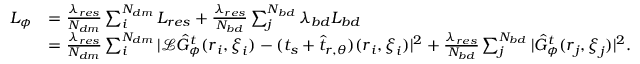
\begin{array} { r l } { L _ { \phi } } & { = \frac { \lambda _ { r e s } } { N _ { d m } } \sum _ { i } ^ { N _ { d m } } L _ { r e s } + \frac { \lambda _ { r e s } } { N _ { b d } } \sum _ { j } ^ { N _ { b d } } \lambda _ { b d } L _ { b d } } \\ & { = \frac { \lambda _ { r e s } } { N _ { d m } } \sum _ { i } ^ { N _ { d m } } | \mathcal { L } \hat { G } _ { \phi } ^ { t } ( \boldsymbol { r } _ { i } , \boldsymbol { \xi } _ { i } ) - ( t _ { s } + \hat { t } _ { r , \theta } ) ( \boldsymbol { r } _ { i } , \boldsymbol { \xi } _ { i } ) | ^ { 2 } + \frac { \lambda _ { r e s } } { N _ { b d } } \sum _ { j } ^ { N _ { b d } } | \hat { G } _ { \phi } ^ { t } ( \boldsymbol { r } _ { j } , \boldsymbol { \xi } _ { j } ) | ^ { 2 } . } \end{array}